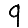
Digit: 9